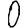
Digit: 0